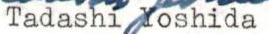
Tadashi Yoshida